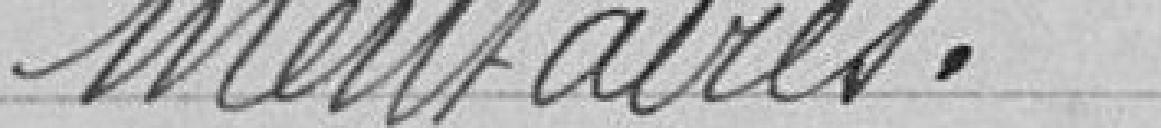
mentaires.